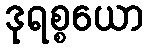
ဒုရစ္စယော